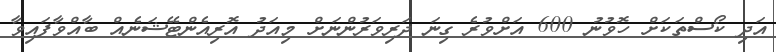
އަދި ކޯސްތަކަށް ހޮވުނު 600 އަށްވުރެ ގިނަ ދަރިވަރުންނަށް މިއަދު އޮރިއެންޓޭޝަނެއް ބާއްވާފައިވާ